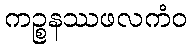
ကဉ္စနဿဖလကံဝ